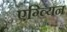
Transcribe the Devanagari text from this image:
एग्व्यिन